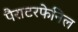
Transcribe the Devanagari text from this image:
पैराटरफेनिल